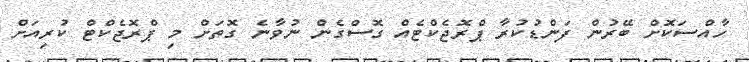
ހާއްސަކޮށް ބޭރުން ފަންޑުކުރާ ޕްރޮޖެކްޓެއް ގޮސްގެން ނުވާނެ ގޮތަށް މި ޕްރޮޖެކްޓް ކުރިއަށް